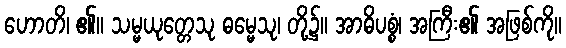
ဟောတိ၊ ၏။ သမ္မယုတ္တေသု ဓမ္မေသု၊ တို့၌။ အာဓိပစ္စံ၊ အကြီး၏ အဖြစ်ကို။